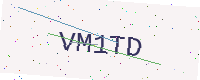
Text: VM1TD